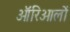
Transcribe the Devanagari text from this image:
ऑरिओलों